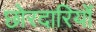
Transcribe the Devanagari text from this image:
छोरदारियों